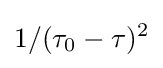
1/(\tau _{0}-\tau )^{2}